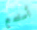
أستمع